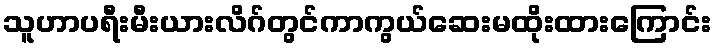
သူဟာပရီးမီးယားလိဂ်တွင်ကာကွယ်ဆေးမထိုးထားကြောင်း